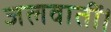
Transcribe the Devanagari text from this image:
जलवातीं।